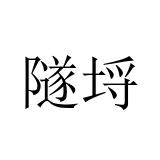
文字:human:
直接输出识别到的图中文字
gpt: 隧埒